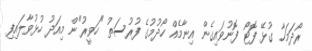
ރޯދަމަހާ ގުޅޭ ފޮޓޯ ފޮނުވައިގެން އިނާމެއް ހޯދުމުގެ ފުރުސަތު "ހަވީރު"ން މިއަދު ހުޅުވާލައިފި